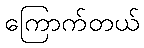
ကြောက်တယ်